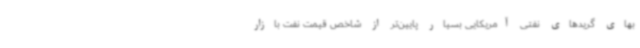
بهای گریدهای نفتی آمریکایی بسیار پایین‌تر از شاخص قیمت نفت بازار